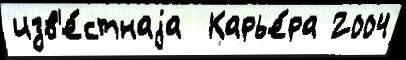
изв'е́стнаjа  Карье́ра 2004